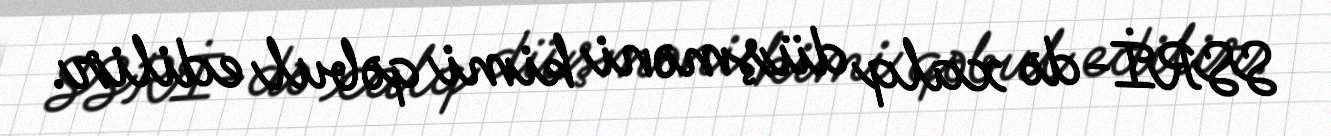
SSRİ-də xalq düşməni kimi qəbul edilir.